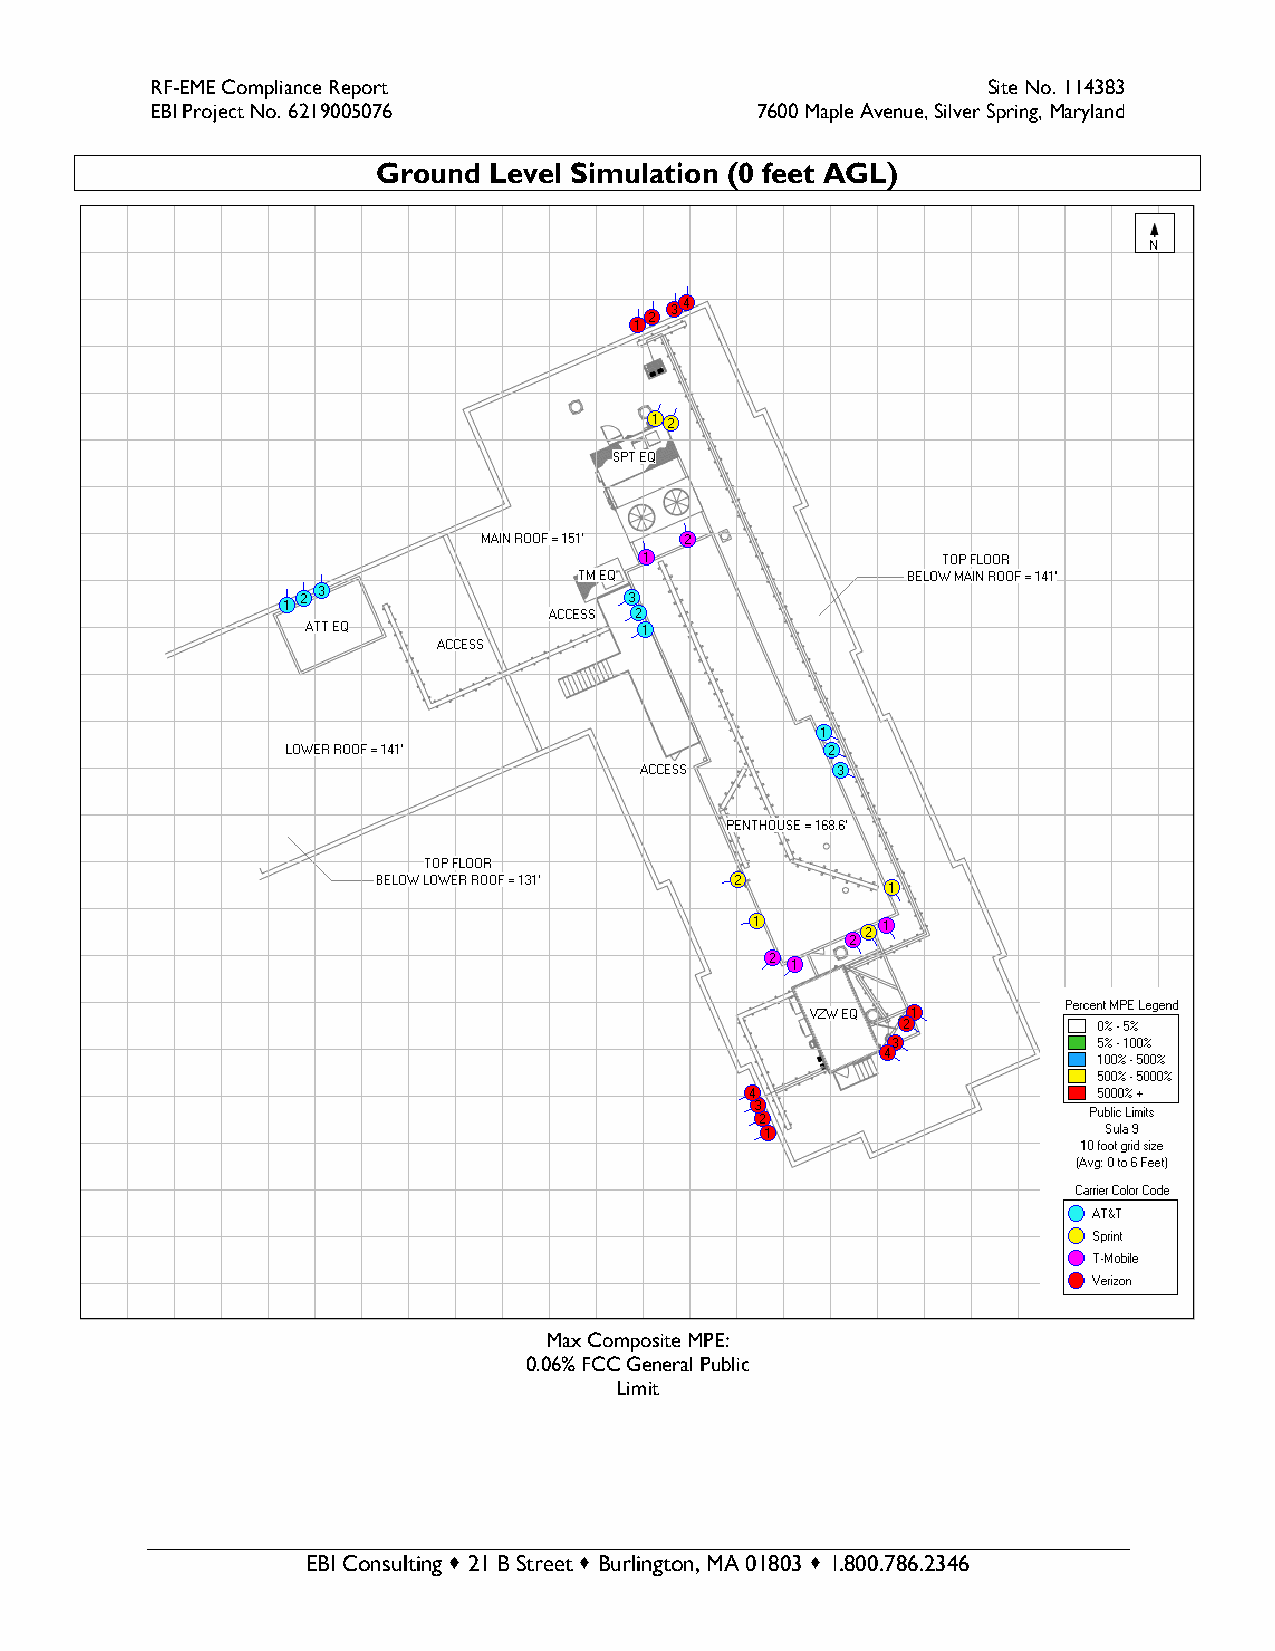
RF-EME Compliance Report                               Site No. 114383
 EBI Project No. 6219005076              7600 Maple Avenue, Silver Spring, Maryland
 Ground Level Simulation (0 feet AGL)
 Max Composite MPE:
 0.06% FCC General Public
 Limit
 EBI Consulting  21 B Street  Burlington, MA 01803  1.800.786.2346